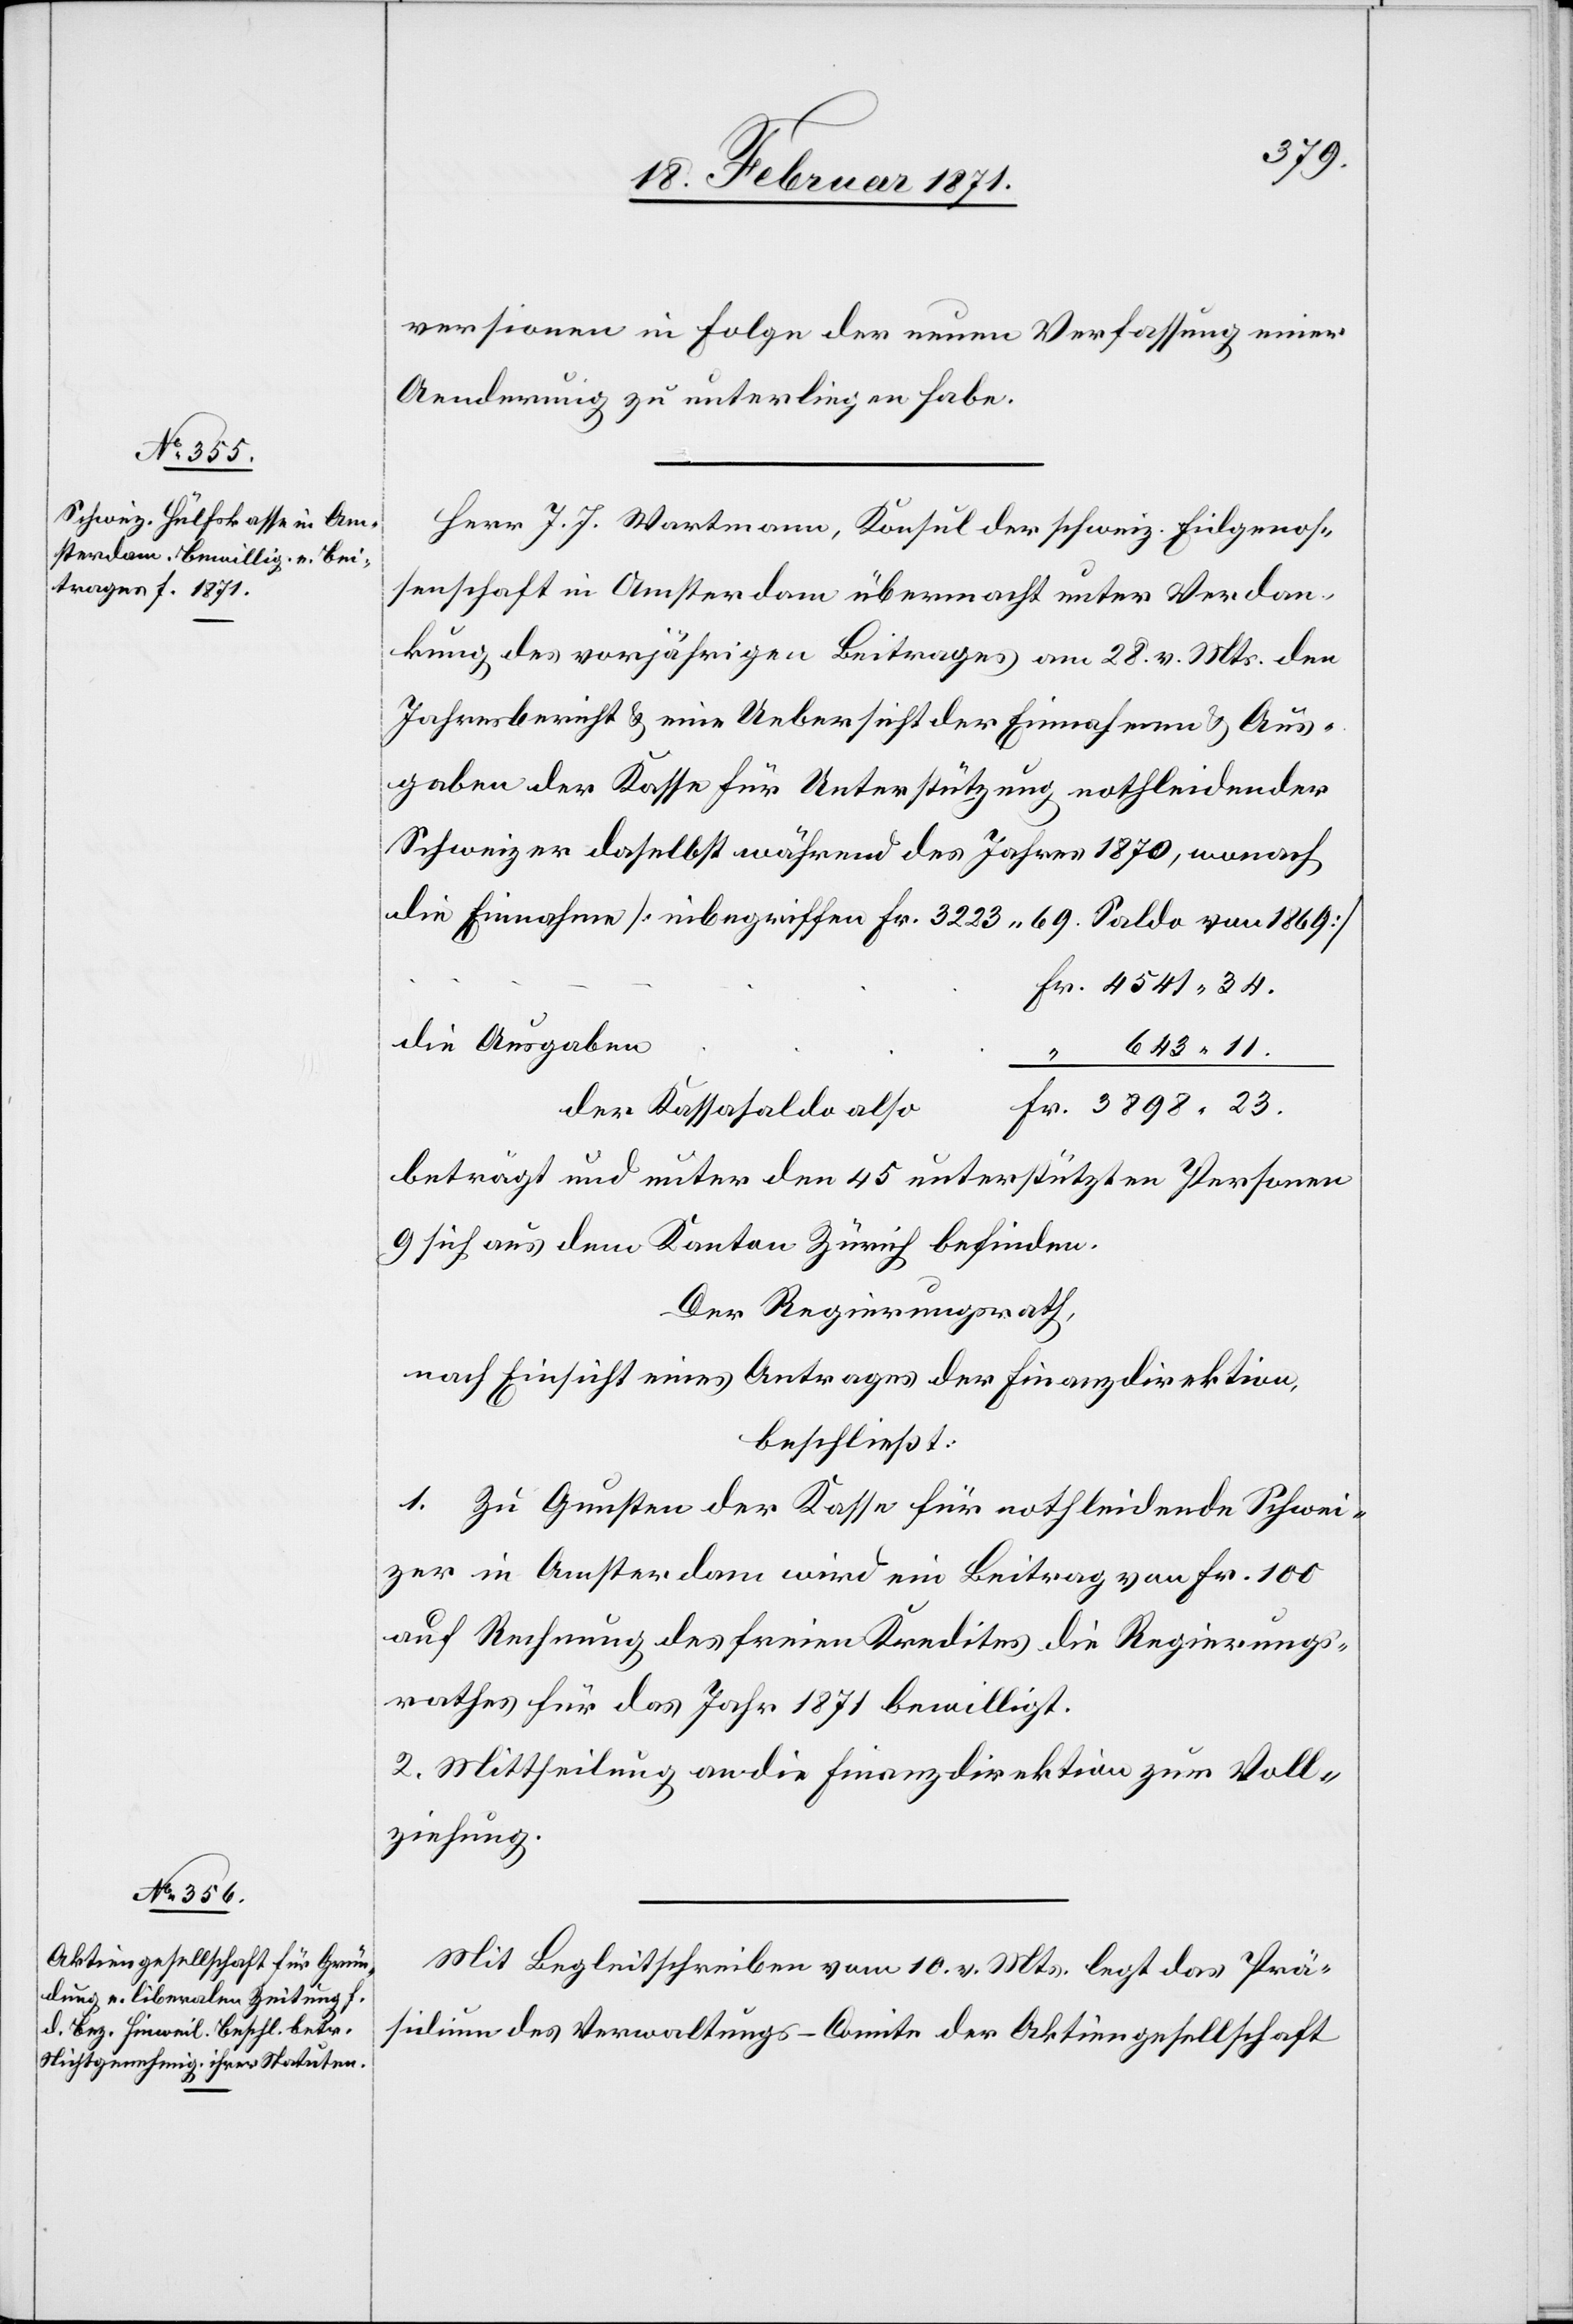
versionen in Folge der neuen Verfassung einer
Aenderung zu unterliegen habe.
Herr J. J. Wartmann, Konsul der schweiz. Eidgenos¬
senschaft in Amsterdam übermacht unter Verdan¬
kung des vorjährigen Beitrages am 28. v. Mts. den
Jahresbericht u. eine Uebersicht der Einnahmen u. Aus¬
gaben der Kasse für Unterstützung nothleidender
Schweizer daselbst während des Jahres 1870, wonach
die Einnahmen [inbegriffen Fr. 3223.69. Saldo von 1869]
die Ausgaben
643.11.
Fr.
der Kassasaldo also
beträgt und unter den 45 unterstützten Personen
9 sich aus dem Kanton Zürich befinden.
Der Regierungsrath,
nach Einsicht eines Antrages der Finanzdirektion,
beschließt:
1. Zu Gunsten der Kasse für nothleidende Schwei¬
zer in Amsterdam wird ein Beitrag von Fr. 100
auf Rechnung des freien Kredites die [sic!] Regierungs¬
rathes für das Jahr 1871 bewilligt.
2. Mittheilung an die Finanzdirektion zur Voll¬
ziehung.
Mit Begleitschreiben vom 10. v. Mts. legt das Prä¬
sidium des Verwaltungs-Comite der Aktiengesellschaft